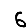
Digit: 6